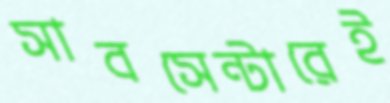
সাবসেন্টারেই